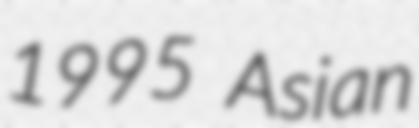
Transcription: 1995 Asian